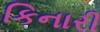
કિનારી